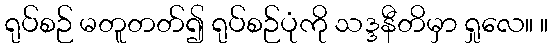
ရုပ်စဉ် မတူတတ်၍ ရုပ်စဉ်ပုံကို သဒ္ဒနီတိမှာ ရှုလေ။ ။